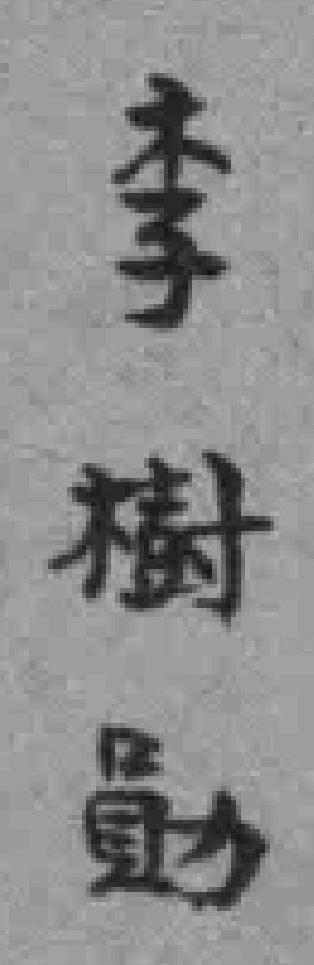
李樹動